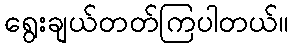
ရွေးချယ်တတ်ကြပါတယ်။